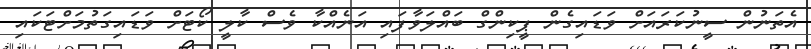
އެތަނުން ސީނުކަރައަށް ވަޑައިގެން ޕީކިންގް ބައްލަވާފައި އަނެއްކާ ވެސް ކާލީ ކޯޓަށް ވަޑައިގަތުމަށްޓަކައި